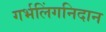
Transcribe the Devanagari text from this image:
गर्भलिंगनिदान